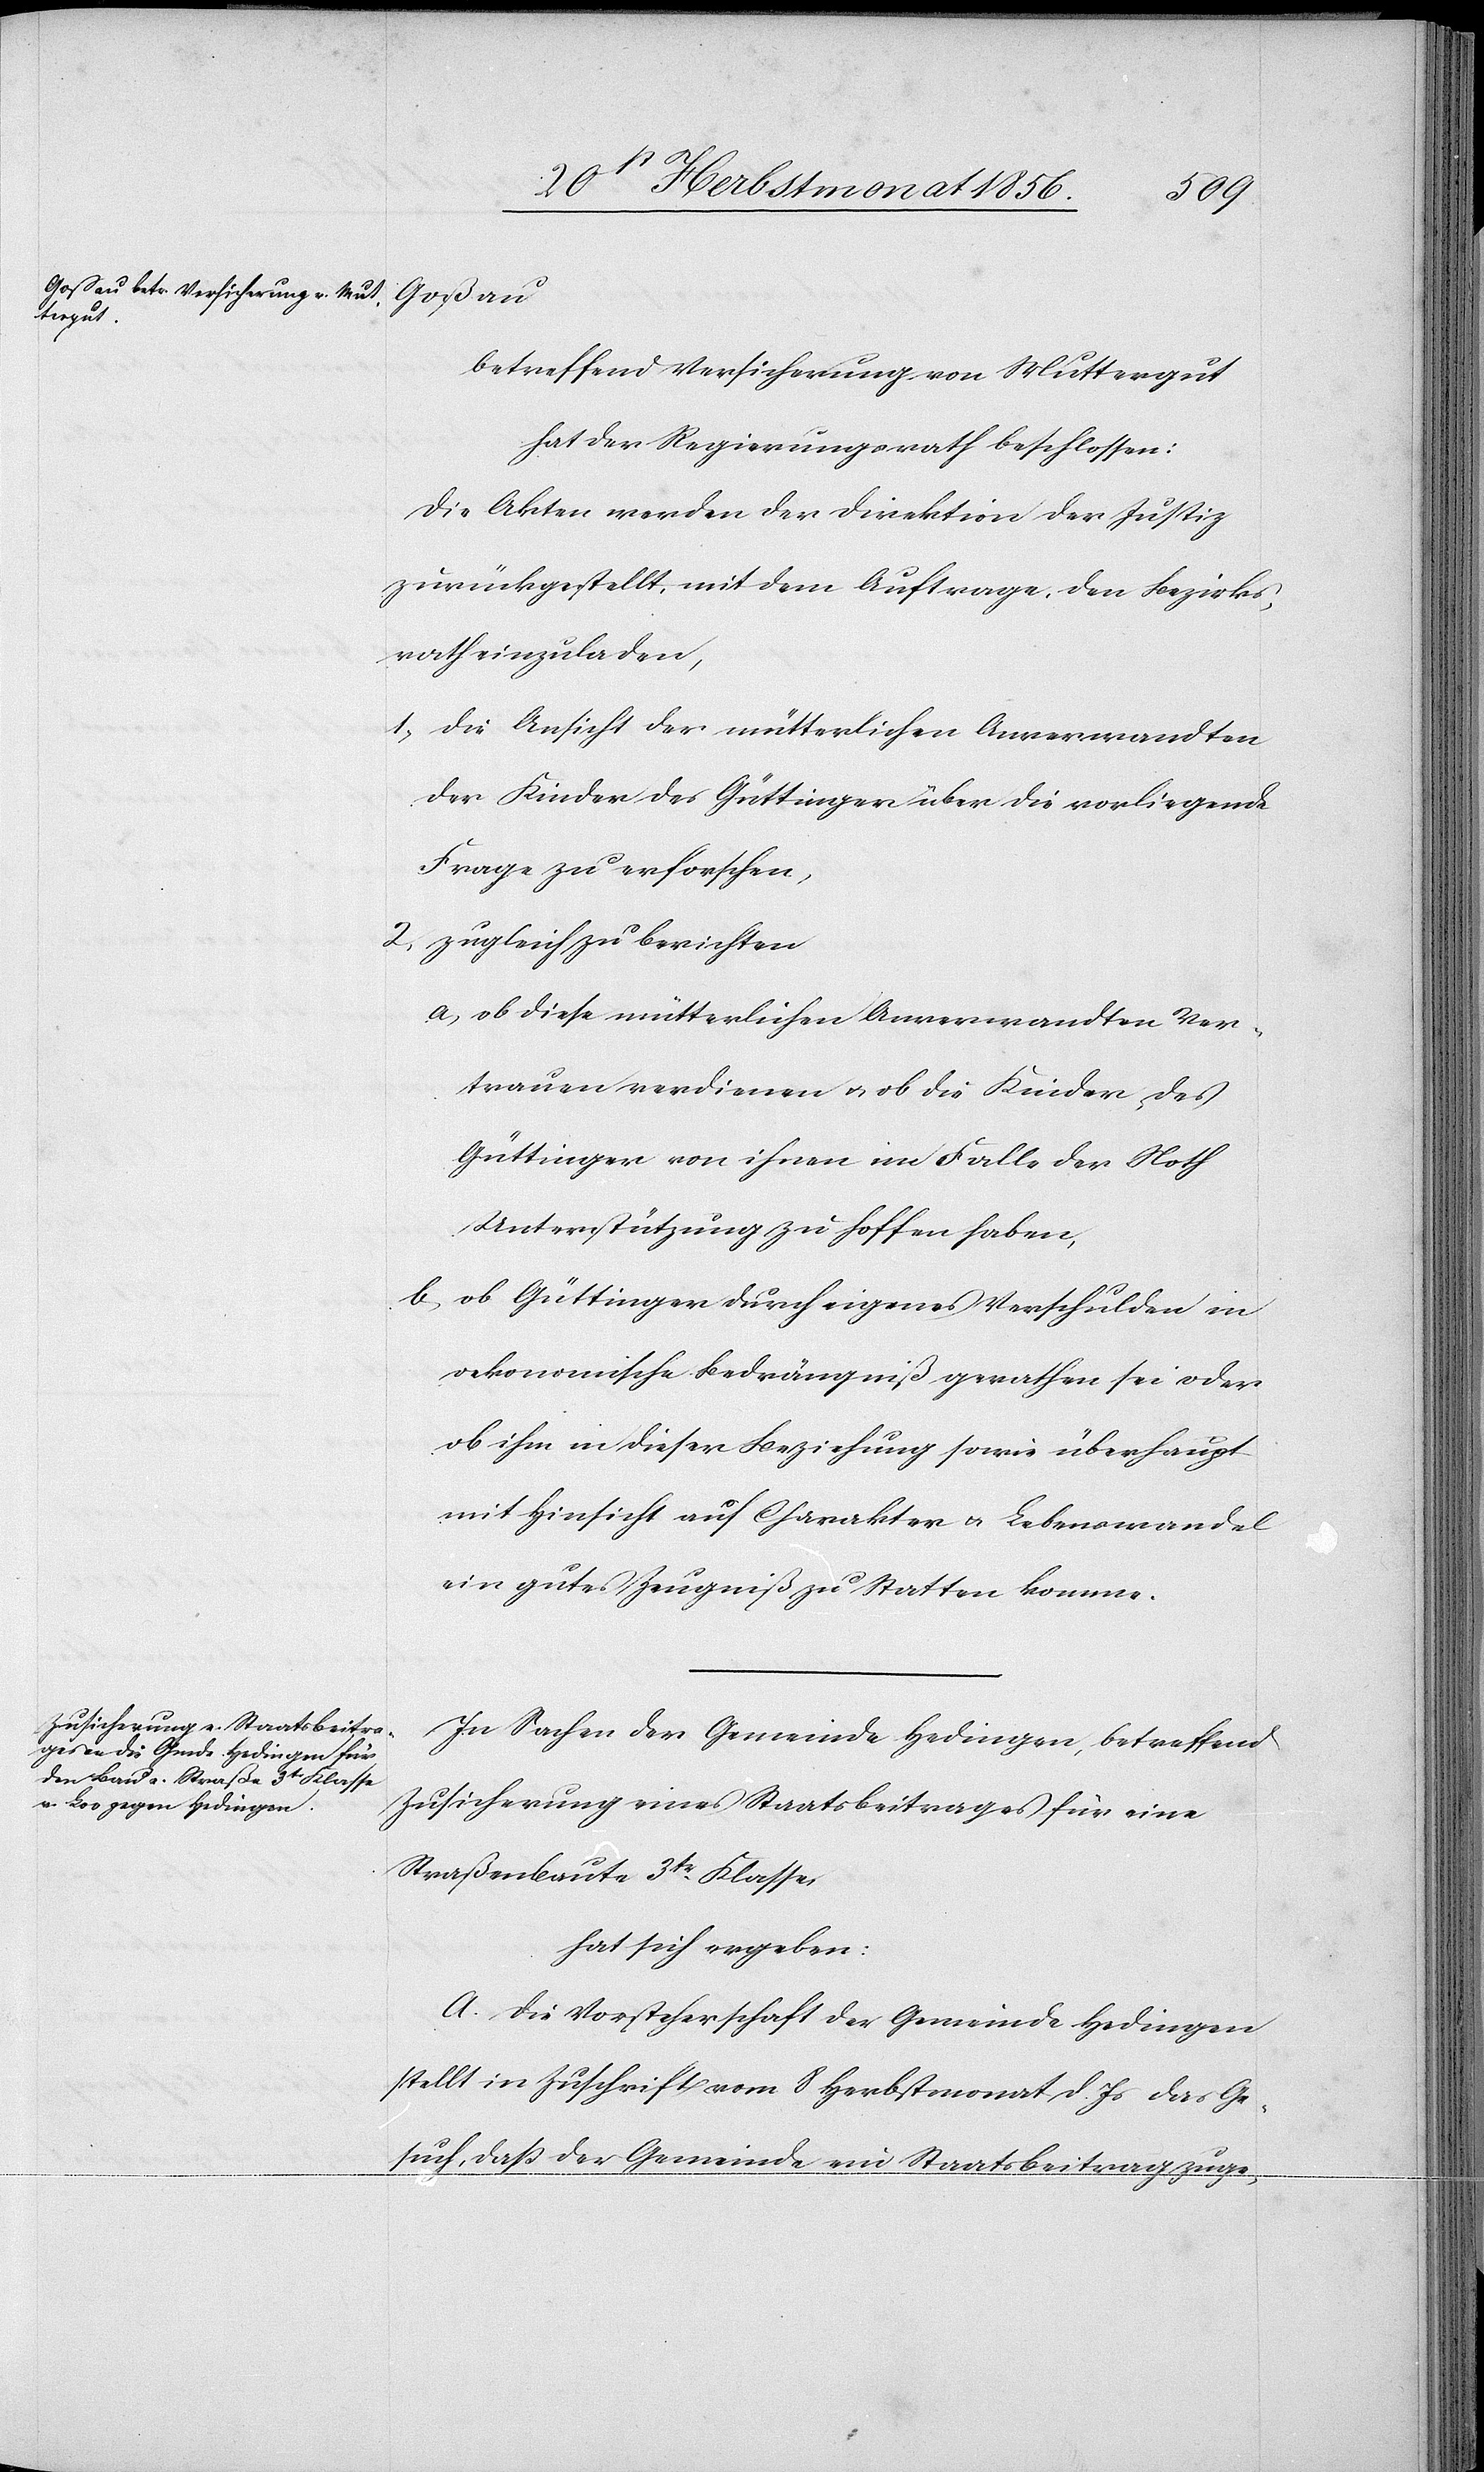
Goßau
betreffend Versicherung von Muttergut
hat der Regierungsrath beschlossen:
Die Akten werden der Direktion der Justiz
zurückgestellt, mit dem Auftrage, den Bezirks¬
rath einzuladen,
1) die Ansicht der mütterlichen Anverwandten
der Kinder des Güttinger über die vorliegende
Frage zu erforschen,
2) zugleich zu berichten
a) ob diese mütterlichen Anverwandten Ver¬
trauen verdienen u. ob die Kinder des
Güttinger von ihnen im Falle der Noth
Unterstützung zu hoffen haben,
b) ob Güttinger durch eigenes Verschulden in
oekonomische Bedrängniß gerathen sei oder
ob ihm in dieser Beziehung sowie überhaupt
mit Hinsicht auf Charakter u. Lebenswandel
ein gutes Zeugniß zu Statten komme.
In Sachen der Gemeinde Hedingen, betreffend
Zusicherung eines Staatsbeitrages für eine
Straßenbaute 3tr Klasse,
hat sich ergeben:
A. Die Vorsteherschaft der Gemeinde Hedingen
stellt in Zuschrift vom 8 Herbstmonat d. Js das Ge¬
such, dass der Gemeinde ein Staatsbeitrag zuge-